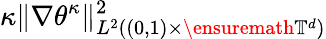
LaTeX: \kappa\| \nabla\theta^{\kappa}\| _{L^{2}((0,1)\times\ensuremath{\mathbb{T}}^{d})}^{2}